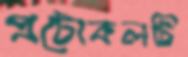
প্রটোকলটি